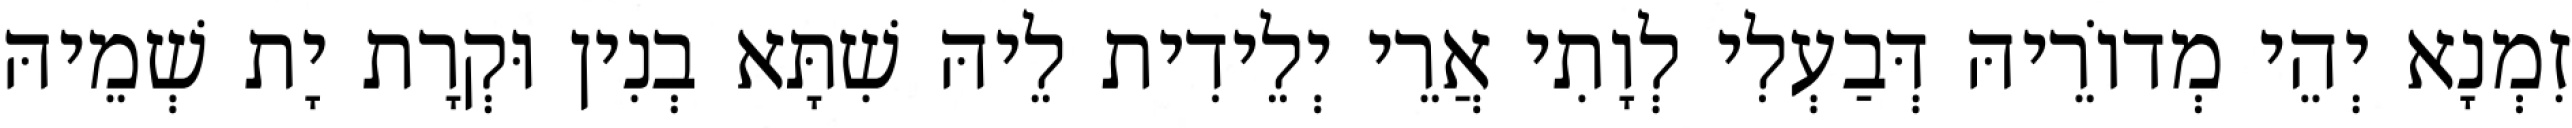
זִמְנָא יְהֵי מְדוֹרֵיהּ דְּבַעְלִי לְוָתִי אֲרֵי יְלֵידִית לֵיהּ שִׁתָּא בְנִין וּקְרָת יָת שְׁמֵיהּ